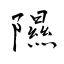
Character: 隰